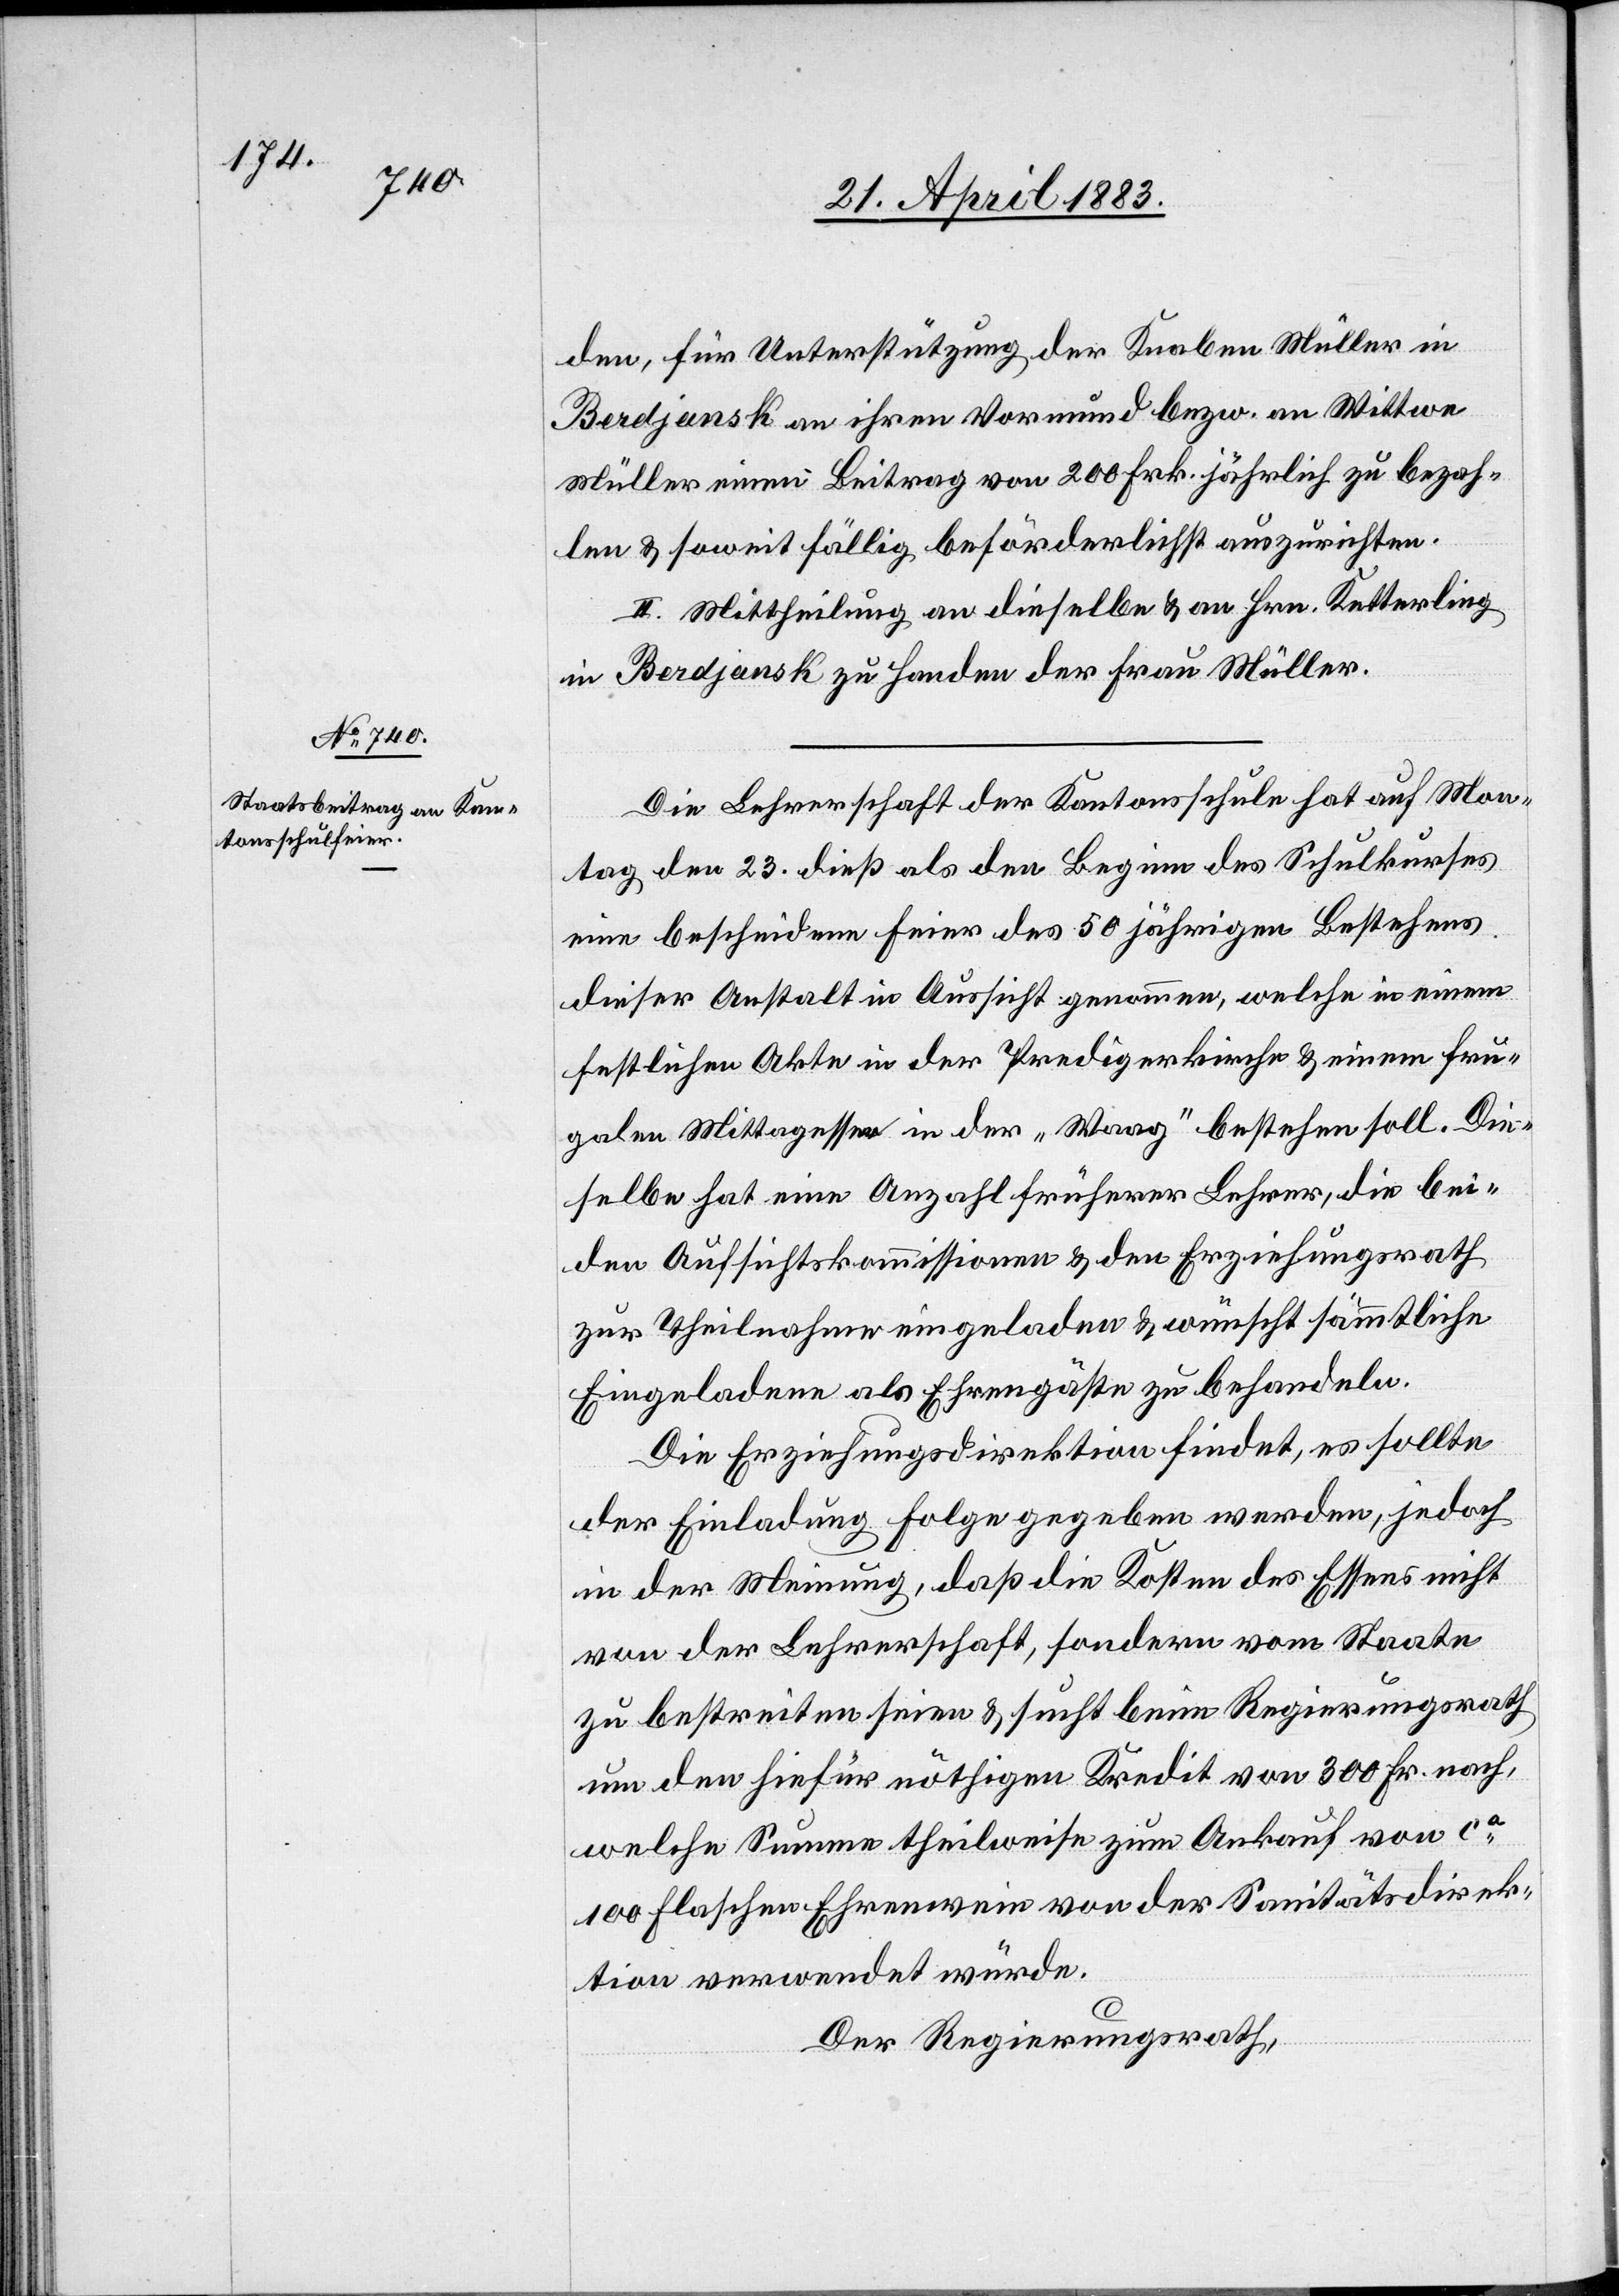
den, für Unterstützung der Knaben Müller in
Berdjansk an ihren Vormund bezw. an Wittwe
Müller einen Beitrag von 200 Frk. jährlich zu bezah¬
len & soweit fällig beförderlichst auszurichten.
II. Mittheilung an dieselbe & an Hrn. Ketterling
in Berdjansk zu Handen der Frau Müller.
Die Lehrerschaft der Kantonsschule hat auf Mon¬
tag den 23. dieß als den Beginn des Schulkurses
eine bescheidene Feier des 50jährigen Bestehens
dieser Anstalt in Aussicht genommen, welche in einem
festlichen Akte in der Predigerkirche & einem fru¬
galen Mittagessen in der „Waag“ bestehen soll. Die¬
selbe hat eine Anzahl früherer Lehrer, die bei¬
den Aufsichtskommissionen & den Erziehungsrath
zur Theilnahme eingeladen & wünscht sämmtliche
Eingeladenen als Ehrengäste zu behandeln.
Die Erziehungsdirektion findet, es sollte
der Einladung Folge gegeben werden, jedoch
in der Meinung, daß die Kosten des Essens nicht
von der Lehrerschaft, sondern vom Staate
zu bestreiten seien & sucht beim Regierungsrath
um den hiefür nöthigen Kredit von 300 Fr. nach,
welche Summe theilweise zum Ankauf von ca
100 Flaschen Ehrenwein von der Sanitätsdirek¬
tion verwendet würde.
Der Regierungsrath,